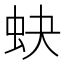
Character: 蚗